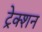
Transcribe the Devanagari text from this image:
ट्रेक्शन